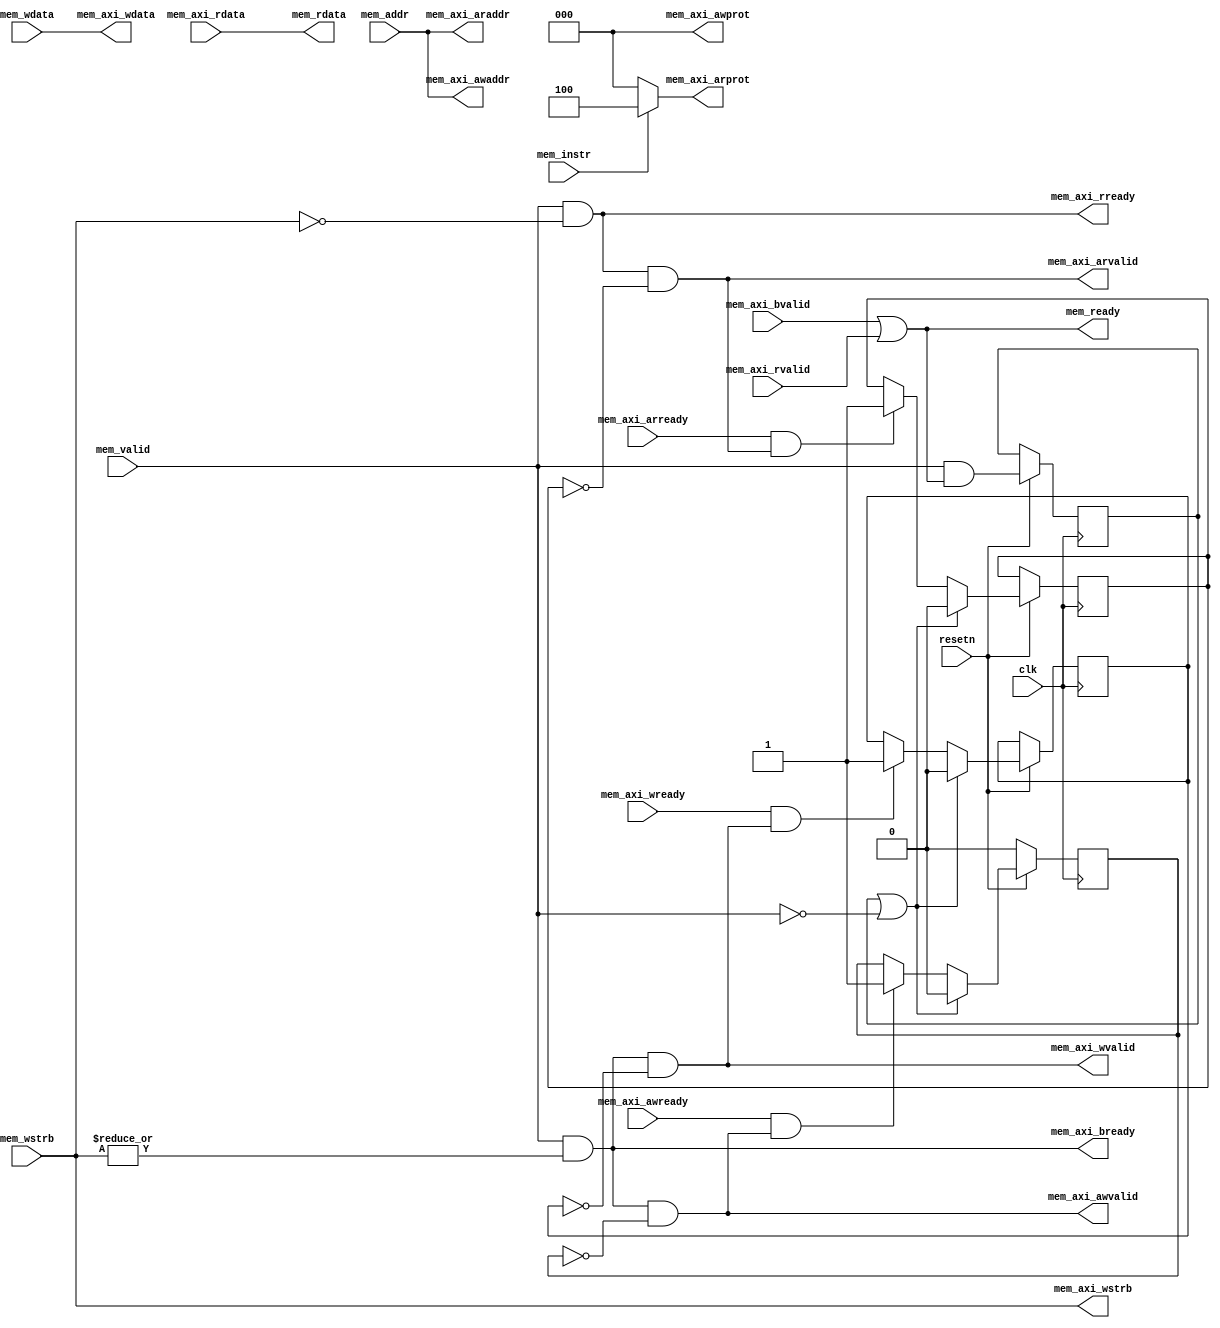
module picorv32_axi_adapter (
			     input 	   clk, resetn,
			     output 	   mem_axi_awvalid,
			     input 	   mem_axi_awready,
			     output [31:0] mem_axi_awaddr,
			     output [ 2:0] mem_axi_awprot,
			     output 	   mem_axi_wvalid,
			     input 	   mem_axi_wready,
			     output [31:0] mem_axi_wdata,
			     output [ 3:0] mem_axi_wstrb,
			     input 	   mem_axi_bvalid,
			     output 	   mem_axi_bready,
			     output 	   mem_axi_arvalid,
			     input 	   mem_axi_arready,
			     output [31:0] mem_axi_araddr,
			     output [ 2:0] mem_axi_arprot,
			     input 	   mem_axi_rvalid,
			     output 	   mem_axi_rready,
			     input [31:0]  mem_axi_rdata,
			     input 	   mem_valid,
			     input 	   mem_instr,
			     output 	   mem_ready,
			     input [31:0]  mem_addr,
			     input [31:0]  mem_wdata,
			     input [ 3:0]  mem_wstrb,
			     output [31:0] mem_rdata
			     );
   reg 					   ack_awvalid;
   reg 					   ack_arvalid;
   reg 					   ack_wvalid;
   reg 					   xfer_done;
   assign mem_axi_awvalid = mem_valid && |mem_wstrb && !ack_awvalid;
   assign mem_axi_awaddr = mem_addr;
   assign mem_axi_awprot = 0;
   assign mem_axi_arvalid = mem_valid && !mem_wstrb && !ack_arvalid;
   assign mem_axi_araddr = mem_addr;
   assign mem_axi_arprot = mem_instr ? 3'b100 : 3'b000;
   assign mem_axi_wvalid = mem_valid && |mem_wstrb && !ack_wvalid;
   assign mem_axi_wdata = mem_wdata;
   assign mem_axi_wstrb = mem_wstrb;
   assign mem_ready = mem_axi_bvalid || mem_axi_rvalid;
   assign mem_axi_bready = mem_valid && |mem_wstrb;
   assign mem_axi_rready = mem_valid && !mem_wstrb;
   assign mem_rdata = mem_axi_rdata;
   always @(posedge clk) begin
      if (!resetn) begin
	 ack_awvalid <= 0;
      end else begin
	 xfer_done <= mem_valid && mem_ready;
	 if (mem_axi_awready && mem_axi_awvalid)
	   ack_awvalid <= 1;
	 if (mem_axi_arready && mem_axi_arvalid)
	   ack_arvalid <= 1;
	 if (mem_axi_wready && mem_axi_wvalid)
	   ack_wvalid <= 1;
	 if (xfer_done || !mem_valid) begin
	    ack_awvalid <= 0;
	    ack_arvalid <= 0;
	    ack_wvalid <= 0;
	 end
      end
   end
endmodule